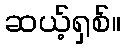
ဆယ့်ရှစ်။